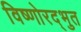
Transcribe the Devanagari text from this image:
विष्णोरद्भुत